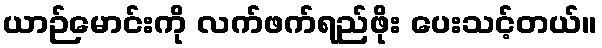
ယာဉ်မောင်းကို လက်ဖက်ရည်ဖိုး ပေးသင့်တယ်။